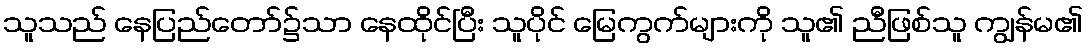
သူသည် နေပြည်တော်၌သာ နေထိုင်ပြီး သူပိုင် မြေကွက်များကို သူ၏ ညီဖြစ်သူ ကျွန်မ၏